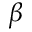
\beta